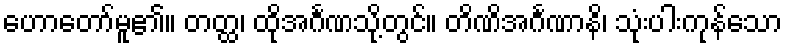
ဟောတော်မူ၏။ တတ္ထ၊ ထိုအင်္ဂဏသို့တွင်။ တိဏိအင်္ဂဏာနိ၊ သုံးပါးကုန်သော